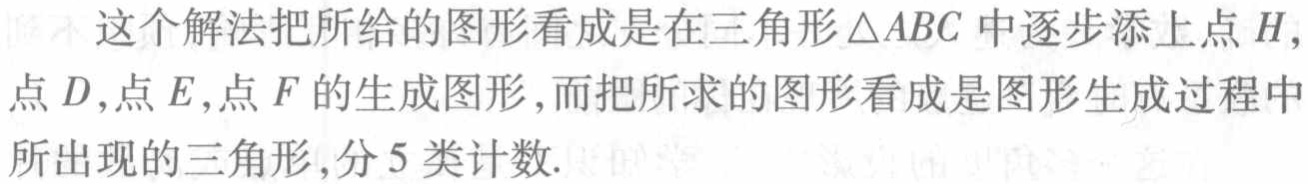
这个解法把所给的图形看成是在三角形$\triangle ABC$中逐步添上点$H,$点$D,$点$E,$点$F$的生成图形,而把所求的图形看成是图形生成过程中所出现的三角形,分$5$类计数.